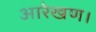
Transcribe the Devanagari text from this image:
आरेखण।